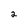
Character: 2